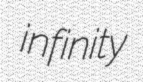
infinity